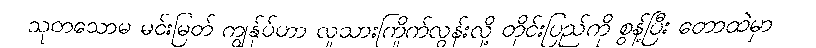
သုတသောမ မင်းမြတ် ကျွန်ုပ်ဟာ လူသားကြိုက်လွန်းလို့ တိုင်းပြည်ကို စွန့်ပြီး တောထဲမှာ